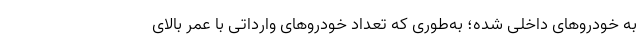
به خودروهای داخلی شده؛ به‌طوری که تعداد خودرو‌های وارداتی با عمر بالای